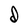
Character: d